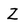
Character: Z